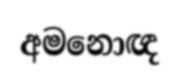
අමනොඥ